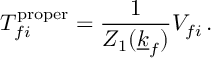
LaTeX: T _ { f i } ^ { \mathrm { p r o p e r } } = \frac { 1 } { Z _ { 1 } ( \underline { { { k } } } _ { f } ) } V _ { f i } \, .